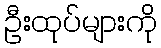
ဦးထုပ်များကို